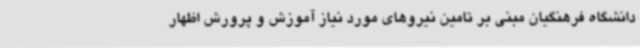
دانشگاه فرهنگیان مبنی بر تامین نیروهای مورد نیاز آموزش و پرورش اظهار